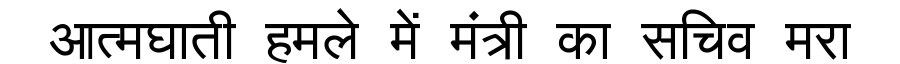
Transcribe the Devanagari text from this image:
आत्मघाती हमले में मंत्री का सचिव मरा